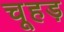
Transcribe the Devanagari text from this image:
चूहड़